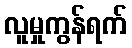
လူမှုကွန်ရက်